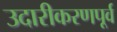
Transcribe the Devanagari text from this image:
उदारीकरणपूर्व